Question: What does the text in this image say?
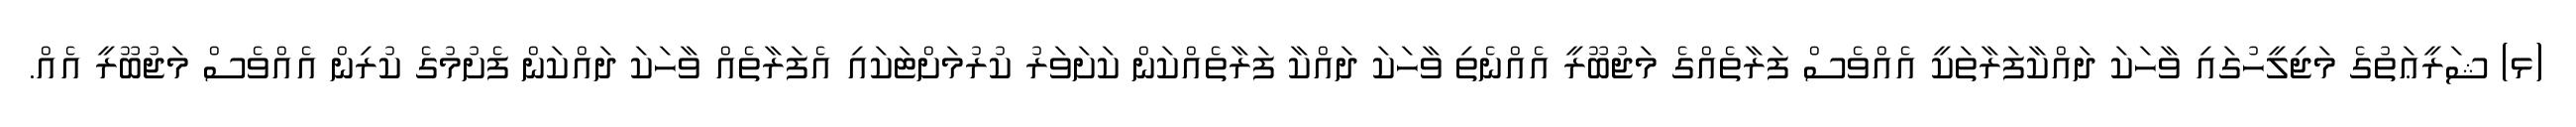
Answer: (ޅ) ޝަރީޢަތުގެ މަޖިލީހުގައި ވާހަކަ ދައްކާފަރާތަކީ އެއްވެސް ފަރާތެއްގެ މަޖުބޫރީ އެއްނެތި ވާހަކަ ދައްކާ ފަރާތެއްކަން ކަށަވަރު ކުރުމަށްޓަކައި އެފަރާތެއް ވާހަކަ ދައްކަން ފެށުމުގެ ކުރިން އެއްވެސް މަޖުބޫރީ އެއް.